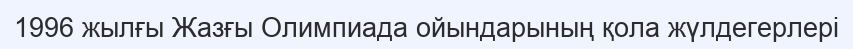
1996 жылғы Жазғы Олимпиада ойындарының қола жүлдегерлері